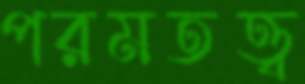
পরমতত্ত্ব